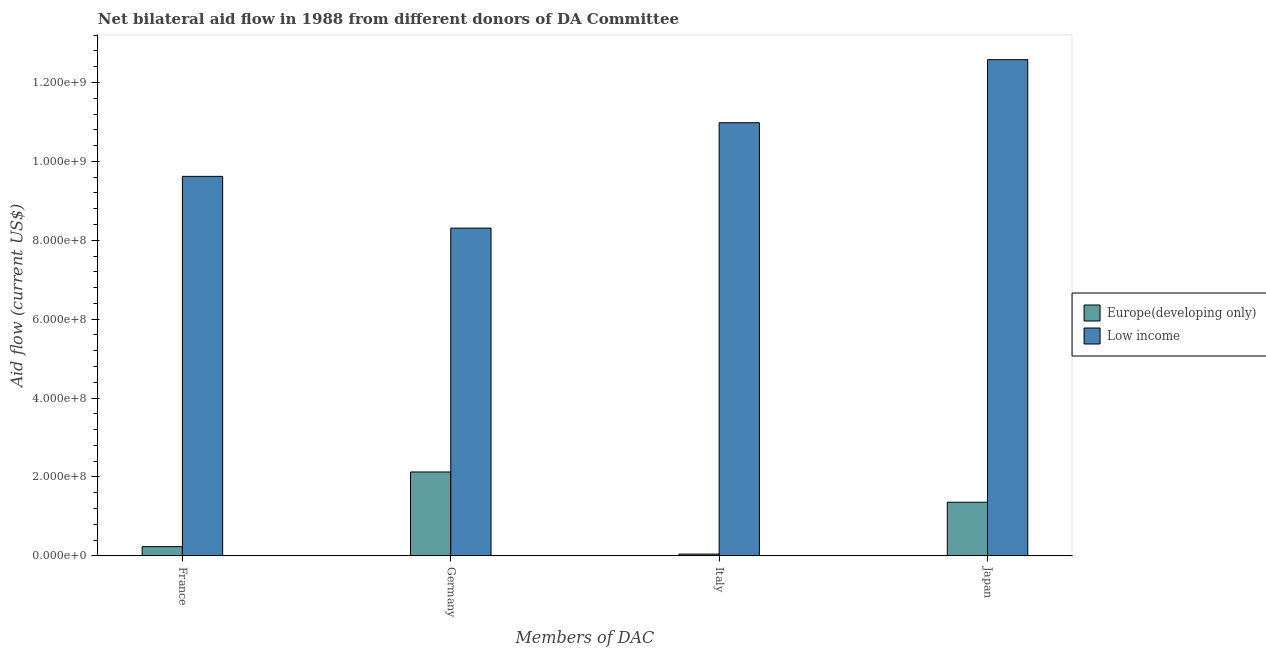
| Members of DAC | Europe(developing only) | Low income |
 | --- | --- | --- |
 | France | 2.32e+07 | 9.62e+08 |
 | Germany | 2.12e+08 | 8.31e+08 |
 | Italy | 4.34e+06 | 1.1e+09 |
 | Japan | 1.36e+08 | 1.26e+09 |